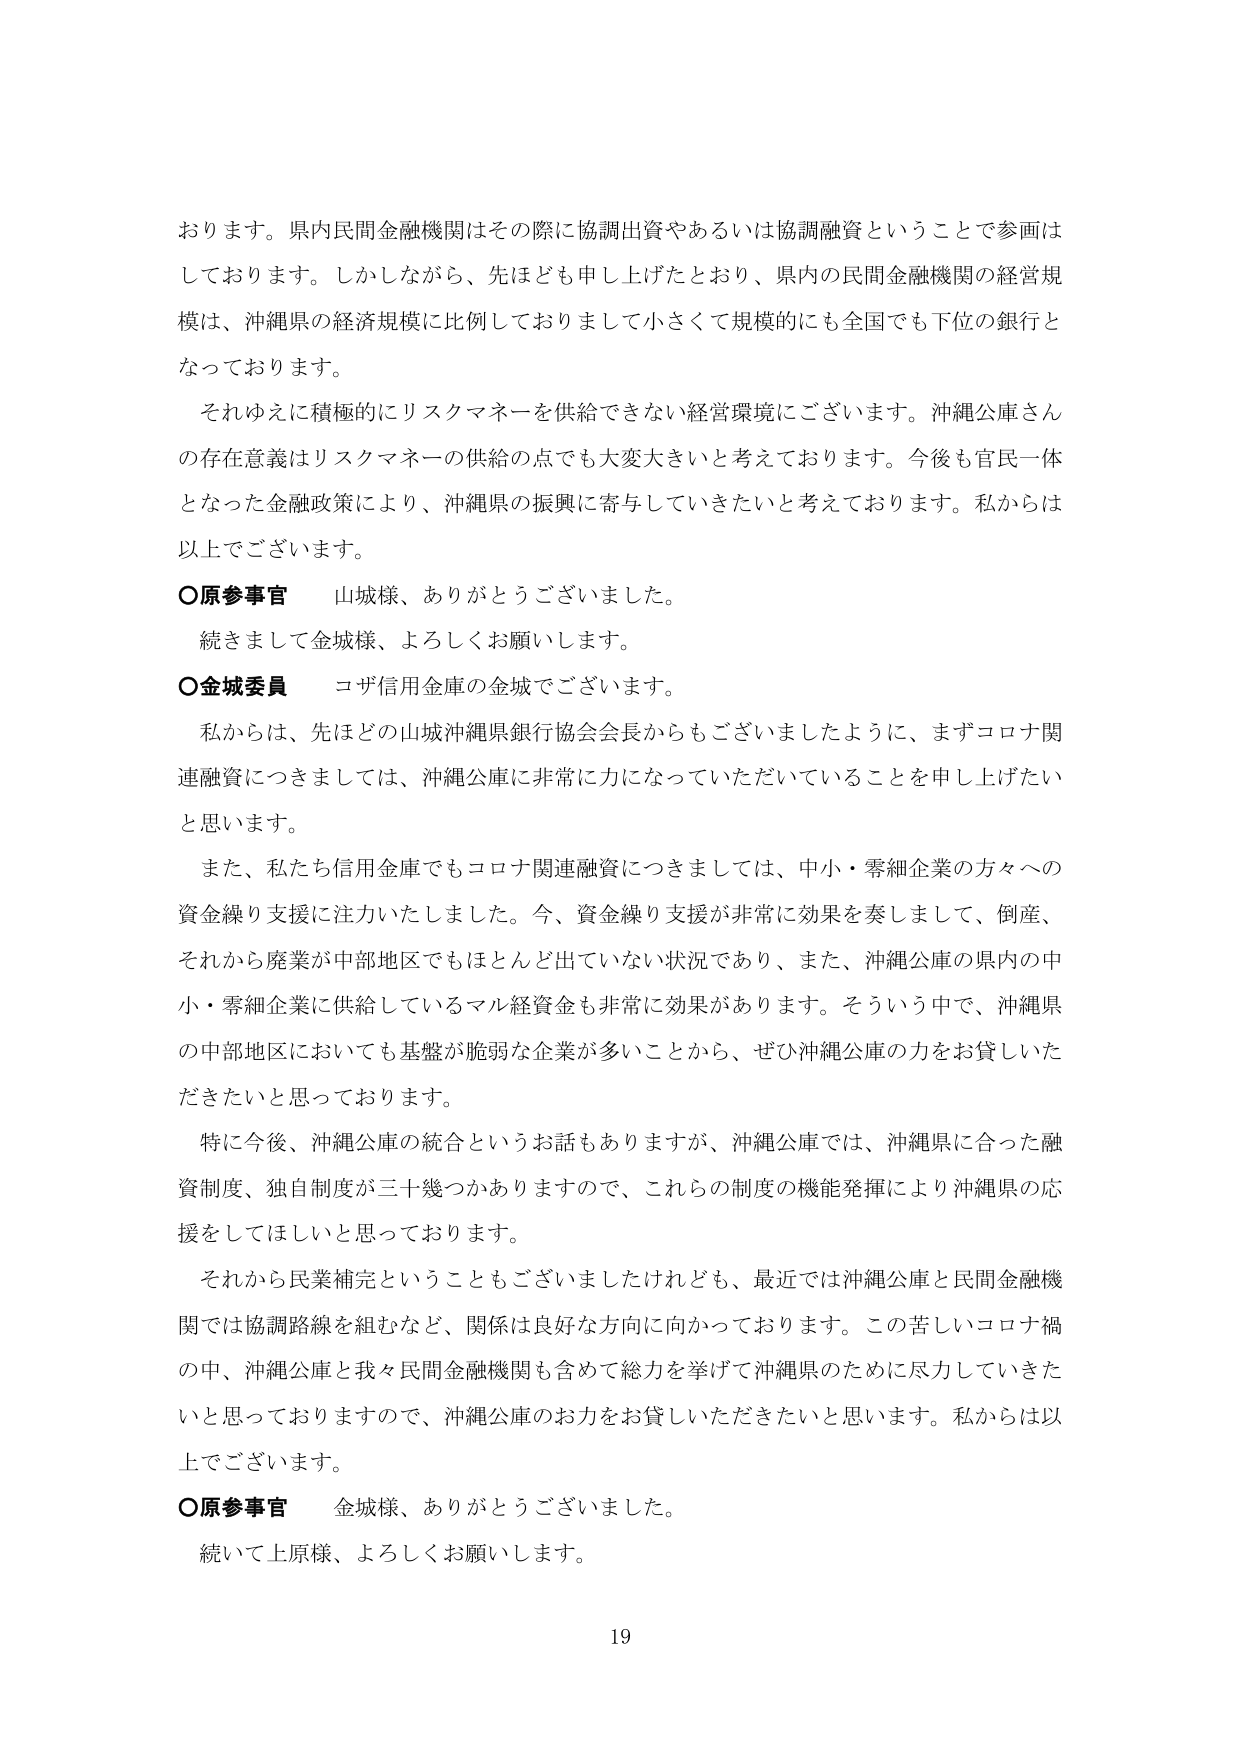
おります。県内民間金融機関はその際に協調出資やあるいは協調融資ということで参画はしております。しかしながら、先ほども申し上げたとおり、県内の民間金融機関の経営規模は、沖縄県の経済規模に比例しておりまして小さくて規模的にも全国でも下位の銀行となっております。

それゆえに積極的にリスクマネーを供給できない経営環境にございます。沖縄公庫さんの存在意義はリスクマネーの供給の点でも大変大きいと考えております。今後も官民一体となった金融政策により、沖縄県の振興に寄与していきたいと考えております。私からは以上でございます。

○原参事官　山城様、ありがとうございました。

　続きまして金城様、よろしくお願いします。

○金城委員　コザ信用金庫の金城でございます。

　私からは、先ほどの山城沖縄県銀行協会会長からもございましたように、まずコロナ関連融資につきましては、沖縄公庫に非常に力になっていただいていることを申し上げたいと思います。

　また、私たち信用金庫でもコロナ関連融資につきましては、中小・零細企業の方々への資金繰り支援に注力いたしました。今、資金繰り支援が非常に効果を奏しまして、倒産、それから廃業が中部地区でもほとんど出ていない状況であり、また、沖縄公庫の県内の中小・零細企業に供給しているマル経資金も非常に効果があります。そういう中で、沖縄県の中部地区においても基盤が脆弱な企業が多いことから、ぜひ沖縄公庫の力をお貸しいただきたいと思っております。

　特に今後、沖縄公庫の統合というお話もありますが、沖縄公庫では、沖縄県に合った融資制度、独自制度が三十幾つかありますので、これらの制度の機能発揮により沖縄県の応援をしてほしいと思っております。

　それから民業補完ということもございましたけれども、最近では沖縄公庫と民間金融機関では協調路線を組むなど、関係は良好な方向に向かっております。この苦しいコロナ禍の中、沖縄公庫と我々民間金融機関を含めて総力を挙げて沖縄県のために尽力していきたいと思っておりますので、沖縄公庫のお力をお貸しいただきたいと思います。私からは以上でございます。

○原参事官　金城様、ありがとうございました。

　続いて上原様、よろしくお願いします。

19